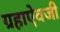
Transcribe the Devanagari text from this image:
ग्रहाऐवजी